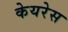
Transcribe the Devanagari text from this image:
केयरेस